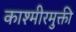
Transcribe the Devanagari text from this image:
काश्मीरमुक्ती